Document type: Sale
Year: 1423
Scribe: Joan Franc
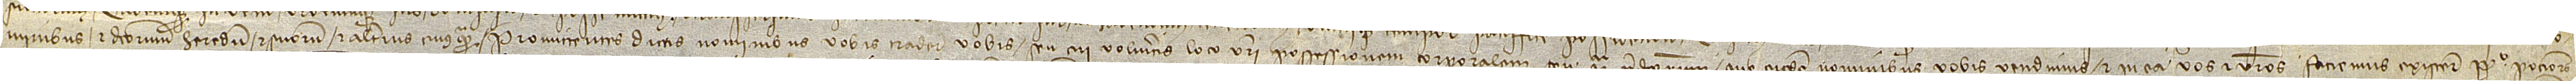
minibus et dictorum heredum et suorum et alterius cuiusquam. Promittentes dictis nominibus vobis  tradere vobis seu cui volueritis loco vestri possessionem corporalem seu quasi predictorum que eisdem nominibus vobis vendimus, et in ea vos et  vestros faciemus existere perpetuo pociores.